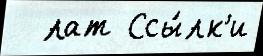
  лат Ссы́лк'и